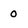
Character: 0